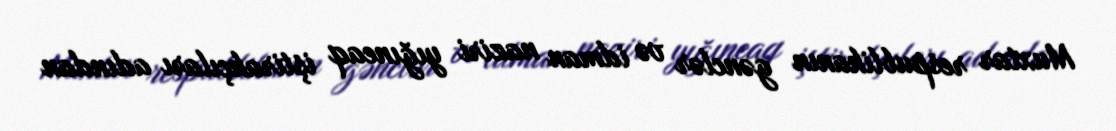
Muxtar respublikanın gənclər və idman naziri yığıncaq iştirakçıları adından